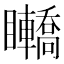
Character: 𥍑